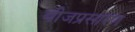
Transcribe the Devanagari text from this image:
बीजप्रसारण